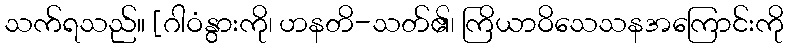
သက်ရသည်။ [ဂါဝံနွားကို၊ ဟနတိ-သတ်၏၊ ကြိယာဝိသေသနအကြောင်းကို